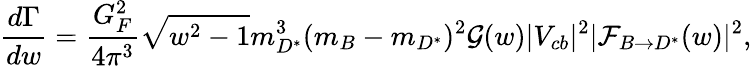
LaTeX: \frac{d\Gamma}{dw}=\frac{G_{F}^{2}}{4\pi^{3}}\sqrt{w^{2}-1}m_{D^{*}}^{3}(m_{B}-m_{D^{*}})^{2}{\cal G}(w)|V_{cb}|^{2}|{\cal F}_{B\to D^{*}}(w)|^{2},